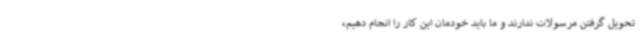
تحویل گرفتن مرسولات ندارند و ما باید خودمان این کار را انجام دهیم،